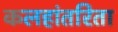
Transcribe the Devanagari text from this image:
कलहांतरिता